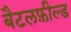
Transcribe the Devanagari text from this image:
बैटलफ़ील्ड